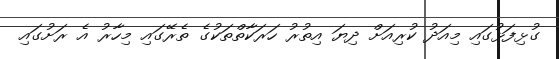
ގުޅިފަޅުގައި މިއަދު ކުރިއަށް ދިޔަ އިތުރު ހަރަކާތްތަކުގެ ތެރޭގައި މިހާރު އެ ރަށުގައި